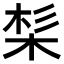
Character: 𣒡